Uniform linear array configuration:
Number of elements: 4
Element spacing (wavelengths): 0.5
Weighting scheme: hamming
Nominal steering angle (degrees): -30
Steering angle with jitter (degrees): -28.229
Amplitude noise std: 0.05
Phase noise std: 0.05

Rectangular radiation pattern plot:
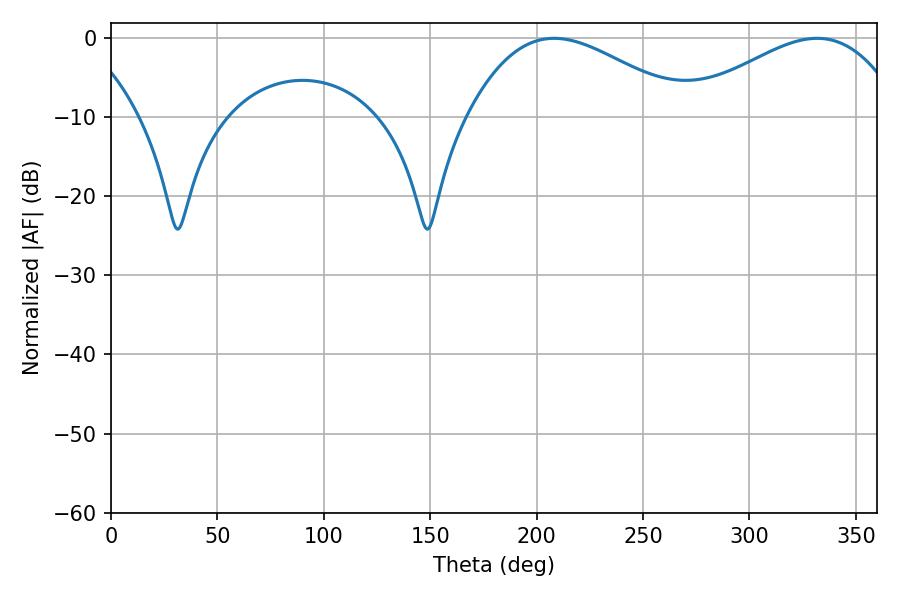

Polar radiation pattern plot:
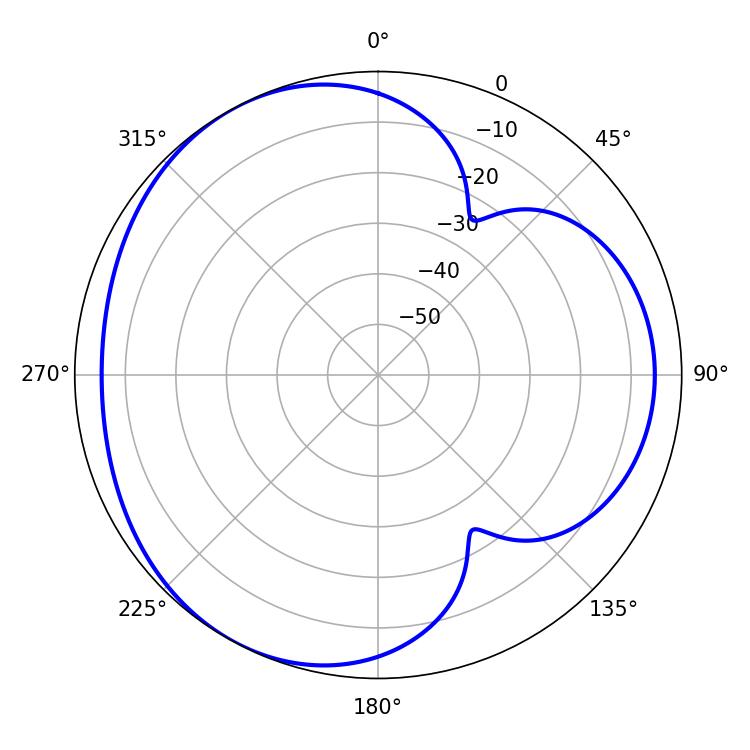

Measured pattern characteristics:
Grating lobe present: FALSE
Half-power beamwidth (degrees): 55.98
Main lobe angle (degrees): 208.26